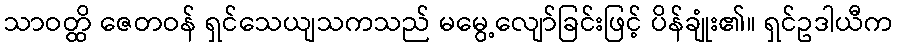
သာဝတ္ထိ ဇေတဝန် ရှင်သေယျသကသည် မမွေ့လျော်ခြင်းဖြင့် ပိန်ချုံး၏။ ရှင်ဥဒါယီက